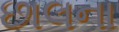
છાલના